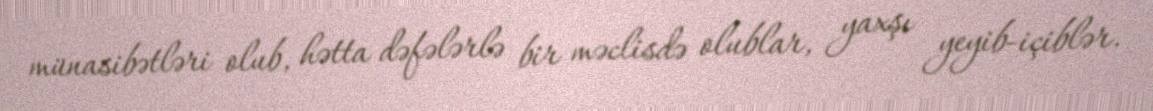
münasibətləri olub, hətta dəfələrlə bir məclisdə olublar, yaxşı yeyib-içiblər.